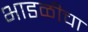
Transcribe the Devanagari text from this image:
भाडळीचा